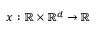
x : \mathbb { R } \times \mathbb { R } ^ { d } \to \mathbb { R }